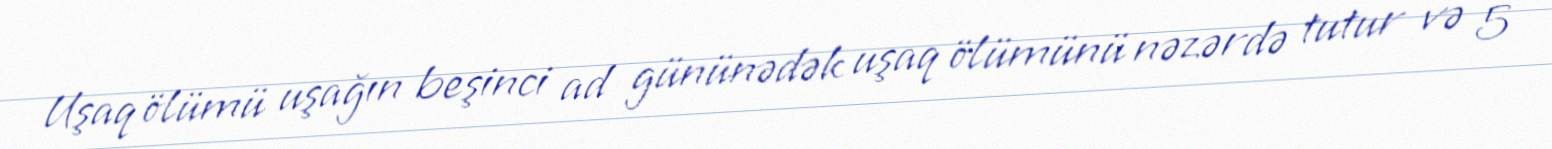
Uşaq ölümü uşağın beşinci ad gününədək uşaq ölümünü nəzərdə tutur və 5